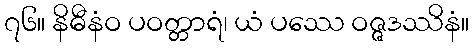
၇၆။ နိဓီနံဝ ပဝတ္တာရံ၊ ယံ ပဿေ ဝဇ္ဇဒဿိနံ။